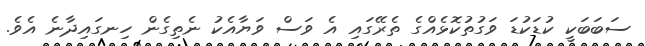
ސަބަބަކީ ކުޑަކުޑަ ވަގުތުކޮޅެއްގެ ތެރޭގައި އެ ވަސް ވަޔާއެކު ނެތިގެން ހިނގައިދާނެ އެވެ.